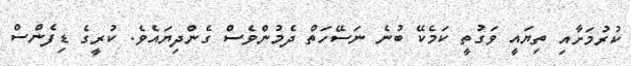
ކުރުމަށާއި ތިޔައީ ވަގުތީ ކަމެކޭ ބުނެ ނަސޭހަތް ދެމުންވެސް ގެންދިޔައެވެ. ކުރީގެ ޑިފެންސް